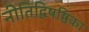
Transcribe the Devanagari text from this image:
नीतिद्विषष्ठिका